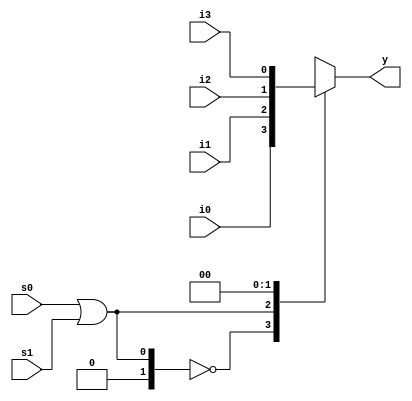
// Verilog 4 to 1 Multiplexer program using behavioural model

module mux4_1(i0, i1, i2, i3, s0, s1, y);
    input wire i0, i1, i2, i3, s0, s1;
    output reg y;

    always @(i0 or i1 or i2 or i3 or s0 or s1)
    begin
        case(s0|s1)
            2'b00: y <= i0;
            2'b01: y <= i1;
            2'b10: y <= i2;
            2'b11: y <= i3;
        endcase
    end

endmodule